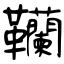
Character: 韊